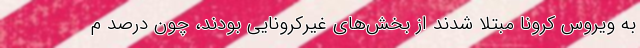
به ویروس کرونا مبتلا شدند از بخش‌های غیرکرونایی بودند، چون درصد م